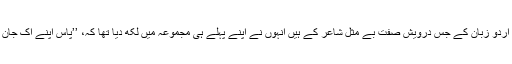
یہ اشعار ، اردو زبان کے جس درویش صفت بے مثل شاعر کے ہیں انہوں نے اپنے پہلے ہی مجموعہ میں لکھ دیا تھا کہ، ’’پاس اپنے اک جان ہے سایئں۔